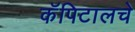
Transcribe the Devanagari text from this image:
कॅपिटालचे